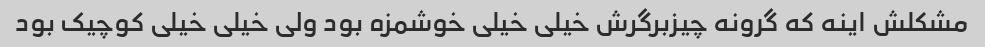
مشکلش اینه که گرونه چیزبرگرش خیلی خیلی خوشمزه بود ولی خیلی خیلی کوچیک بود